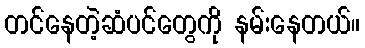
တင်နေတဲ့ဆံပင်တွေကို နမ်းနေတယ်။